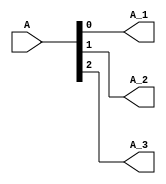
`timescale 1ns/1ns
module one_three(input[2:0] A,output A_1,A_2,A_3);
  assign A_1=A[0];
  assign A_2=A[1];
  assign A_3=A[2];
endmodule